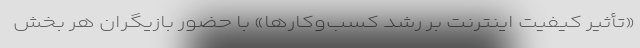
«تأثیر کیفیت اینترنت بر رشد کسب‌وکار‌ها» با حضور بازیگران هر بخش